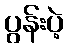
ပွန်းပဲ့